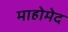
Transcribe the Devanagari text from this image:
माहोमेद